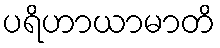
ပရိဟာယာမာတိ